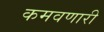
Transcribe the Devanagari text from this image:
कमवणारी